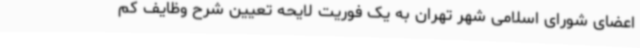
اعضای شورای اسلامی شهر تهران به یک فوریت لایحه تعیین شرح وظایف کم